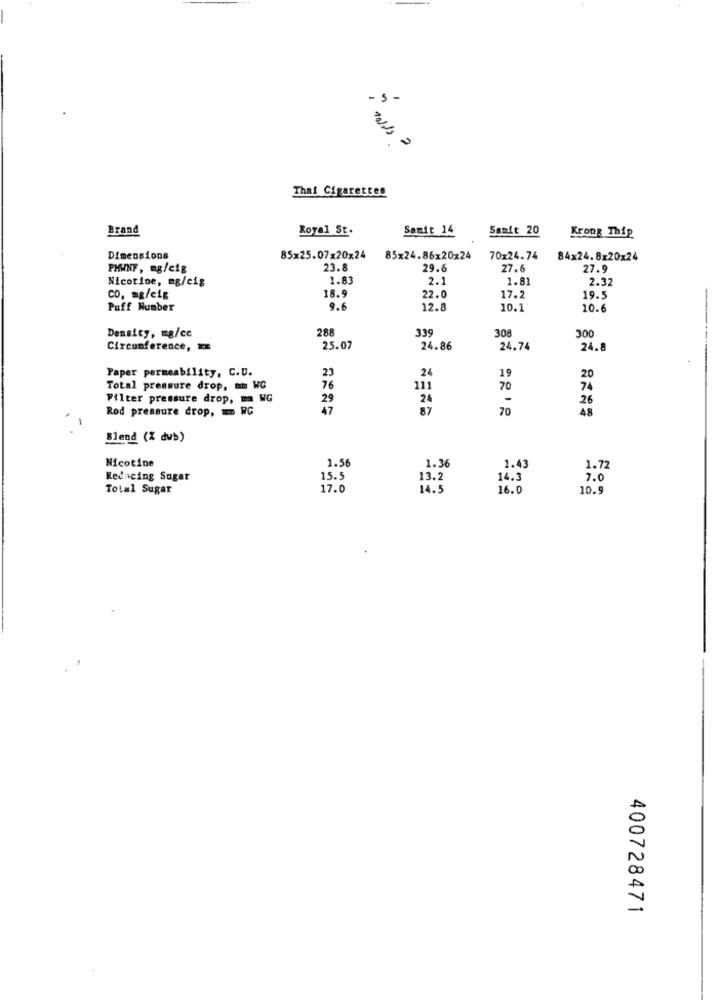
- s -
Thai Cigarettes
Brand
Royal St.
Sanit 14
Samit 20
Krong Thip
Dimensions
85x25.07x20x24
85x24.86x20x24
70x24.74
84x24.8x20x24
PMWNF, mg/cig
23.8
29.6
27.6
27.9
Nicotine, mg/cig
1.83
2.1
1.81
2.32
Co, mg/cig
18.9
22.0
17.2
19.5
Puff Number
9.6
12.8
10.1
10.6
288
339
308
Density, mg/cc
300
Circumference,
25.07
24.86
24.74
24.8
Paper permeability, C.D.
24
19
23
20
Total pressure drop, mu WC
76
111
70
74
Filter pressure drop, m WG
29
24
-
26
Rod pressure drop, = RC
47
87
70
48
Blend (% dub)
Nicotine
1.43
1.56
1.36
1.72
Reducing Sogar
15.5
13.2
14.3
7.0
Total Sugar
17.0
14.5
16.0
10.9
400728471